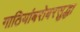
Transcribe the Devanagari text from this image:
गाठियांबरोबरसुद्धा